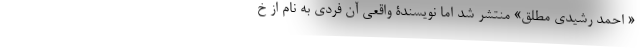
« احمد رشیدی مطلق» منتشر شد اما نویسندۀ واقعی آن فردی به نام از خ